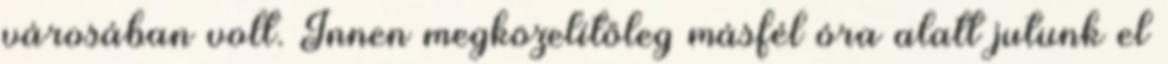
városában volt. Innen megközelítőleg másfél óra alatt jutunk el